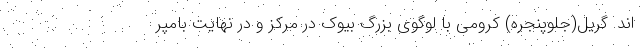
اند. گریل(جلوپنجره) کرومی با لوگوی بزرگ بیوک در مرکز و در نهایت بامپر